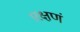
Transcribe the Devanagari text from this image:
।रक्षणं